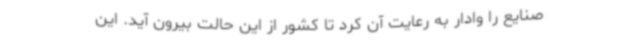
صنایع را وادار به رعایت آن کرد تا کشور از این حالت بیرون آید. این